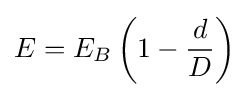
E=E_{B}\left(1-{\frac {d}{D}}\right)